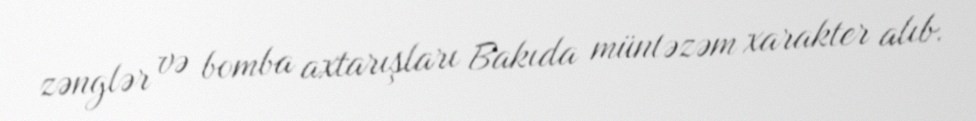
zənglər və bomba axtarışları Bakıda müntəzəm xarakter alıb.